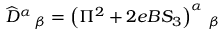
\widehat { D } ^ { \alpha } \, _ { \beta } = \left( \Pi ^ { 2 } + 2 e B S _ { 3 } \right) ^ { \alpha } \, _ { \beta }